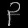
Digit: ၃